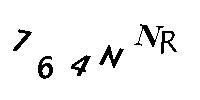
764NNR